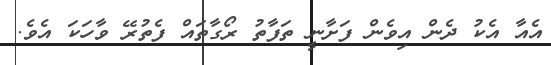
އެއާ އެކު ދެން އިވެން ފަށާނީ ތަފާތު ރޯގާތައް ފެތުރޭ ވާހަކަ އެވެ.